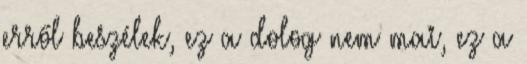
erről beszélek, ez a dolog nem mai, ez a